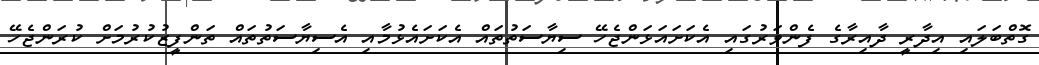
ގޮތްބަލައި އިދާރީ ދާއިރާގެ ފެންވަރުގައި އެކަށައަޅަންޖެހޭ ސިޔާސަތުތައް އެކަށައެޅުމާއި އެސިޔާސަތުތައް ތަންފީޒުކުރުމަށް ކުރަންޖެހޭ